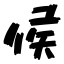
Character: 侯